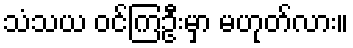
သံသယ ဝင်ကြဦးမှာ မဟုတ်လား။